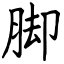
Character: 脚